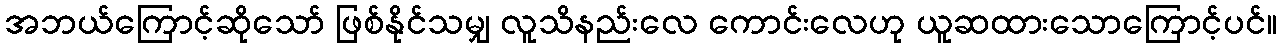
အဘယ်ကြောင့်ဆိုသော် ဖြစ်နိုင်သမျှ လူသိနည်းလေ ကောင်းလေဟု ယူဆထားသောကြောင့်ပင်။